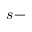
s -